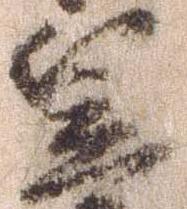
笠